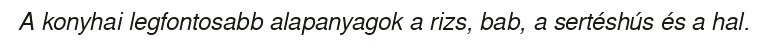
A konyhai legfontosabb alapanyagok a rizs, bab, a sertéshús és a hal.